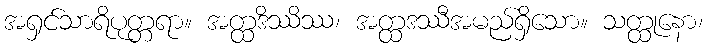
အရှင်သာရိပုတ္တရာ။ အတ္ထဒိဿိဿ၊ အတ္ထဒဿီအမည်ရှိသော။ သတ္ထုနော၊